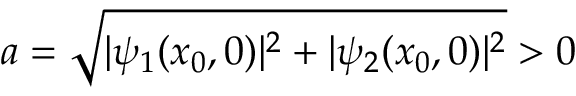
a = { \sqrt { | \psi _ { 1 } ( x _ { 0 } , 0 ) | ^ { 2 } + | \psi _ { 2 } ( x _ { 0 } , 0 ) | ^ { 2 } } } > 0